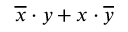
{ \overline { { x } } } \cdot y + x \cdot { \overline { { y } } }